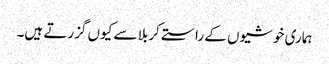
ہماری خوشیوں کے راستے کربلا سے کیوں گزرتے ہیں۔